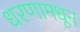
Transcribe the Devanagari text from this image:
धरणामधून